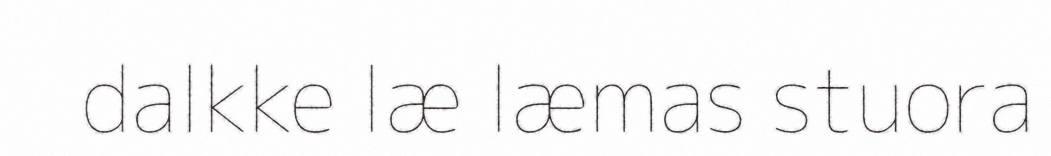
dalkke læ læmas stuora